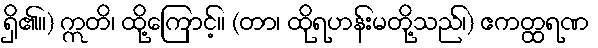
ရှိ၏။) ဣတိ၊ ထို့ကြောင့်။ (တာ၊ ထိုရဟန်းမတို့သည်၊) ဧကတ္ထရဏ